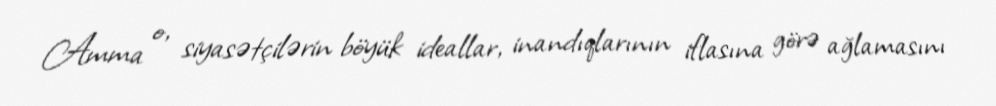
Amma o, siyasətçilərin böyük ideallar, inandıqlarının iflasına görə ağlamasını